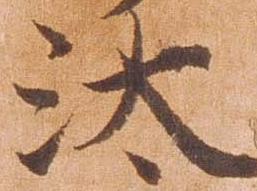
汰